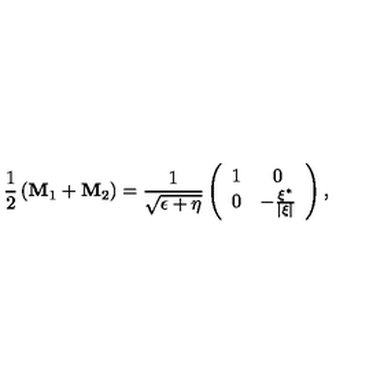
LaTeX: \frac 1 2 \left( { \bf M } _ { 1 } + { \bf M } _ { 2 } \right) = \frac 1 { \sqrt { \epsilon + \eta } } \left( \begin{array} { c c } { 1 } & { 0 } \\ { 0 } & { - \frac { \xi ^ { * } } { \left| \xi \right| } } \\ \end{array} \right) ,